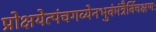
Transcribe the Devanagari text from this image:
प्रोक्षयेत्पंचगव्येनभुवंमंत्रैर्विचक्षणः